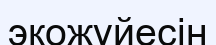
экожүйесін